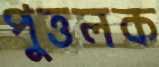
পুত্তলক